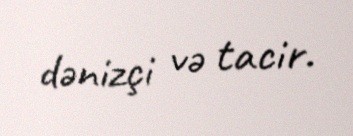
dənizçi və tacir.